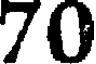
70